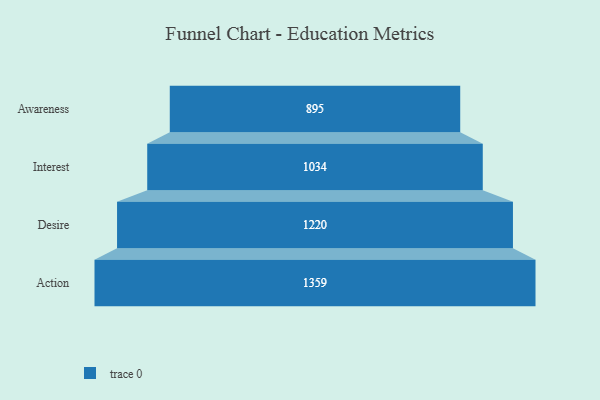
{"axis": {"x": "Stage", "y": "Value"}, "legend": [""], "data": [{"x": "Awareness", "y": 895.0, "type": ""}, {"x": "Interest", "y": 1034.0, "type": ""}, {"x": "Desire", "y": 1220.0, "type": ""}, {"x": "Action", "y": 1359.0, "type": ""}]}